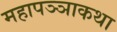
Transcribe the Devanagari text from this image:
महापञ्ञाकथा